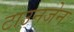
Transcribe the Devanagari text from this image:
टाउनजेन